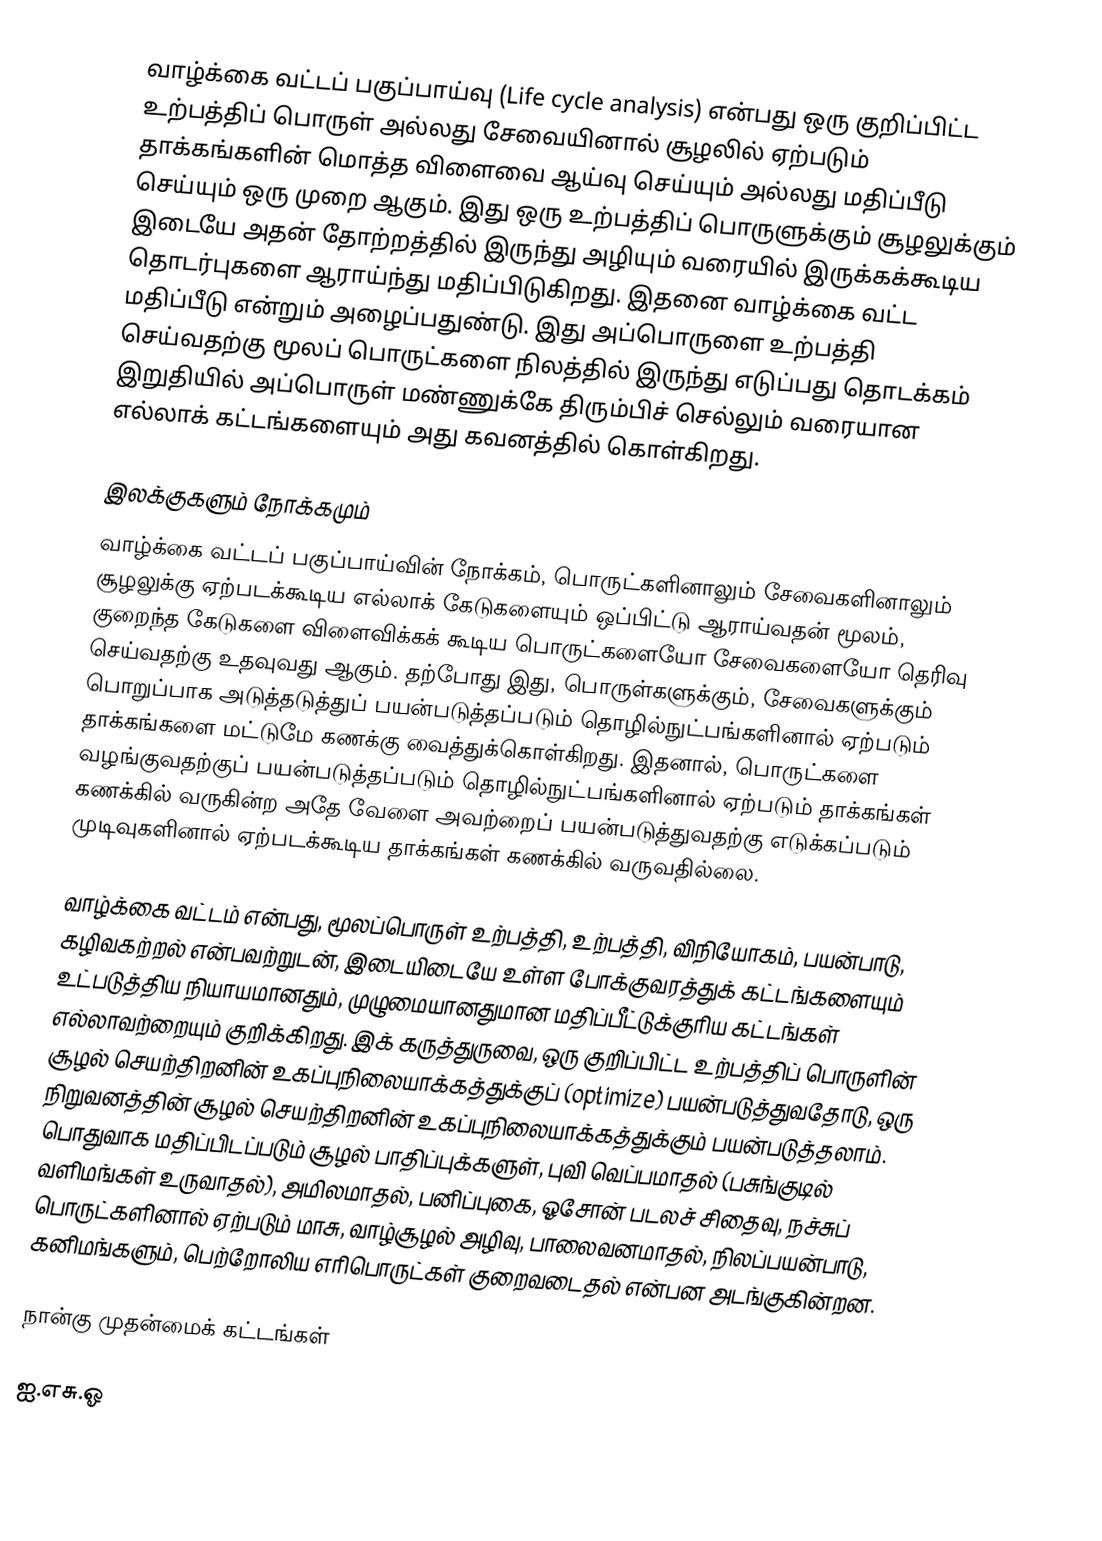
வாழ்க்கை வட்டப் பகுப்பாய்வு (Life cycle analysis) என்பது ஒரு குறிப்பிட்ட உற்பத்திப் பொருள் அல்லது சேவையினால் சூழலில் ஏற்படும் தாக்கங்களின் மொத்த விளைவை ஆய்வு செய்யும் அல்லது மதிப்பீடு செய்யும் ஒரு முறை ஆகும். இது ஒரு உற்பத்திப் பொருளுக்கும் சூழலுக்கும் இடையே அதன் தோற்றத்தில் இருந்து அழியும் வரையில் இருக்கக்கூடிய தொடர்புகளை ஆராய்ந்து மதிப்பிடுகிறது. இதனை வாழ்க்கை வட்ட மதிப்பீடு என்றும் அழைப்பதுண்டு. இது அப்பொருளை உற்பத்தி செய்வதற்கு மூலப் பொருட்களை நிலத்தில் இருந்து எடுப்பது தொடக்கம் இறுதியில் அப்பொருள் மண்ணுக்கே திரும்பிச் செல்லும் வரையான எல்லாக் கட்டங்களையும் அது கவனத்தில் கொள்கிறது.

இலக்குகளும் நோக்கமும்
வாழ்க்கை வட்டப் பகுப்பாய்வின் நோக்கம், பொருட்களினாலும் சேவைகளினாலும் சூழலுக்கு ஏற்படக்கூடிய எல்லாக் கேடுகளையும் ஒப்பிட்டு ஆராய்வதன் மூலம், குறைந்த கேடுகளை விளைவிக்கக் கூடிய பொருட்களையோ சேவைகளையோ தெரிவு செய்வதற்கு உதவுவது ஆகும். தற்போது இது, பொருள்களுக்கும், சேவைகளுக்கும் பொறுப்பாக அடுத்தடுத்துப் பயன்படுத்தப்படும் தொழில்நுட்பங்களினால் ஏற்படும் தாக்கங்களை மட்டுமே கணக்கு வைத்துக்கொள்கிறது. இதனால், பொருட்களை வழங்குவதற்குப் பயன்படுத்தப்படும் தொழில்நுட்பங்களினால் ஏற்படும் தாக்கங்கள் கணக்கில் வருகின்ற அதே வேளை அவற்றைப் பயன்படுத்துவதற்கு எடுக்கப்படும் முடிவுகளினால் ஏற்படக்கூடிய தாக்கங்கள் கணக்கில் வருவதில்லை.

வாழ்க்கை வட்டம் என்பது, மூலப்பொருள் உற்பத்தி, உற்பத்தி, விநியோகம், பயன்பாடு, கழிவகற்றல் என்பவற்றுடன், இடையிடையே உள்ள போக்குவரத்துக் கட்டங்களையும் உட்படுத்திய நியாயமானதும், முழுமையானதுமான மதிப்பீட்டுக்குரிய கட்டங்கள் எல்லாவற்றையும் குறிக்கிறது. இக் கருத்துருவை, ஒரு குறிப்பிட்ட உற்பத்திப் பொருளின் சூழல் செயற்திறனின் உகப்புநிலையாக்கத்துக்குப் (optimize) பயன்படுத்துவதோடு, ஒரு நிறுவனத்தின் சூழல் செயற்திறனின் உகப்புநிலையாக்கத்துக்கும் பயன்படுத்தலாம். பொதுவாக மதிப்பிடப்படும் சூழல் பாதிப்புக்களுள், புவி வெப்பமாதல் (பசுங்குடில் வளிமங்கள் உருவாதல்), அமிலமாதல், பனிப்புகை, ஓசோன் படலச் சிதைவு, நச்சுப் பொருட்களினால் ஏற்படும் மாசு, வாழ்சூழல் அழிவு, பாலைவனமாதல், நிலப்பயன்பாடு, கனிமங்களும், பெற்றோலிய எரிபொருட்கள் குறைவடைதல் என்பன அடங்குகின்றன.

நான்கு முதன்மைக் கட்டங்கள்

ஐ.எசு.ஓ